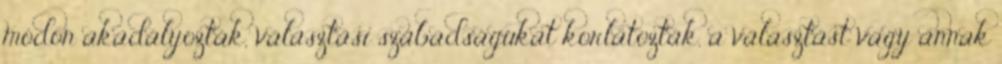
módon akadályozták, választási szabadságukat korlátozták, a választást vagy annak